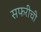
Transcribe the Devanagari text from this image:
सफरीची